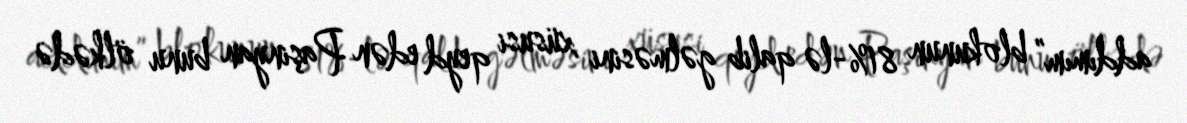
addımım” blokunun 81%-lə qalib gəlməsini xüsusi qeyd edən Paşinyan bunu ölkədə